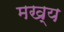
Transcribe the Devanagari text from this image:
मख्य